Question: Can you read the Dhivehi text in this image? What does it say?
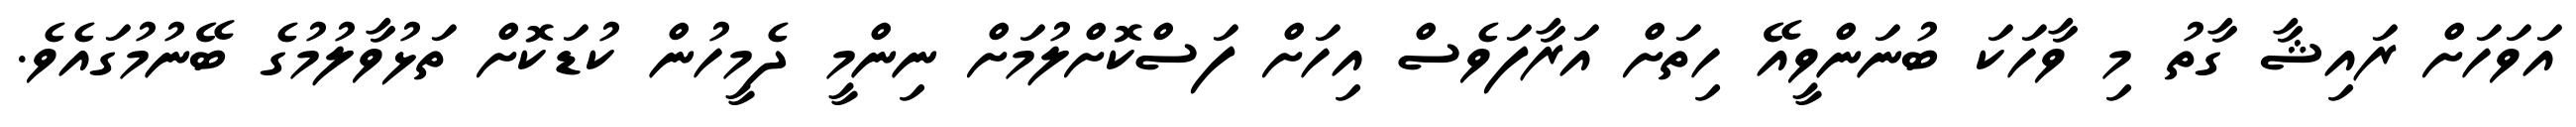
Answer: އަވަހަށް ރައިޝާ ގާތު މި ވާހަކަ ބުނަންވީއޭ ހިތަށް އަރާފަވެސް އިހަށް ފަސްކޮށްލުމަށް ނިންމީ ދެމީހުން ކުޑަކޮށް ތަޅުވާލުމުގެ ބޭނުމުގައެވެ.